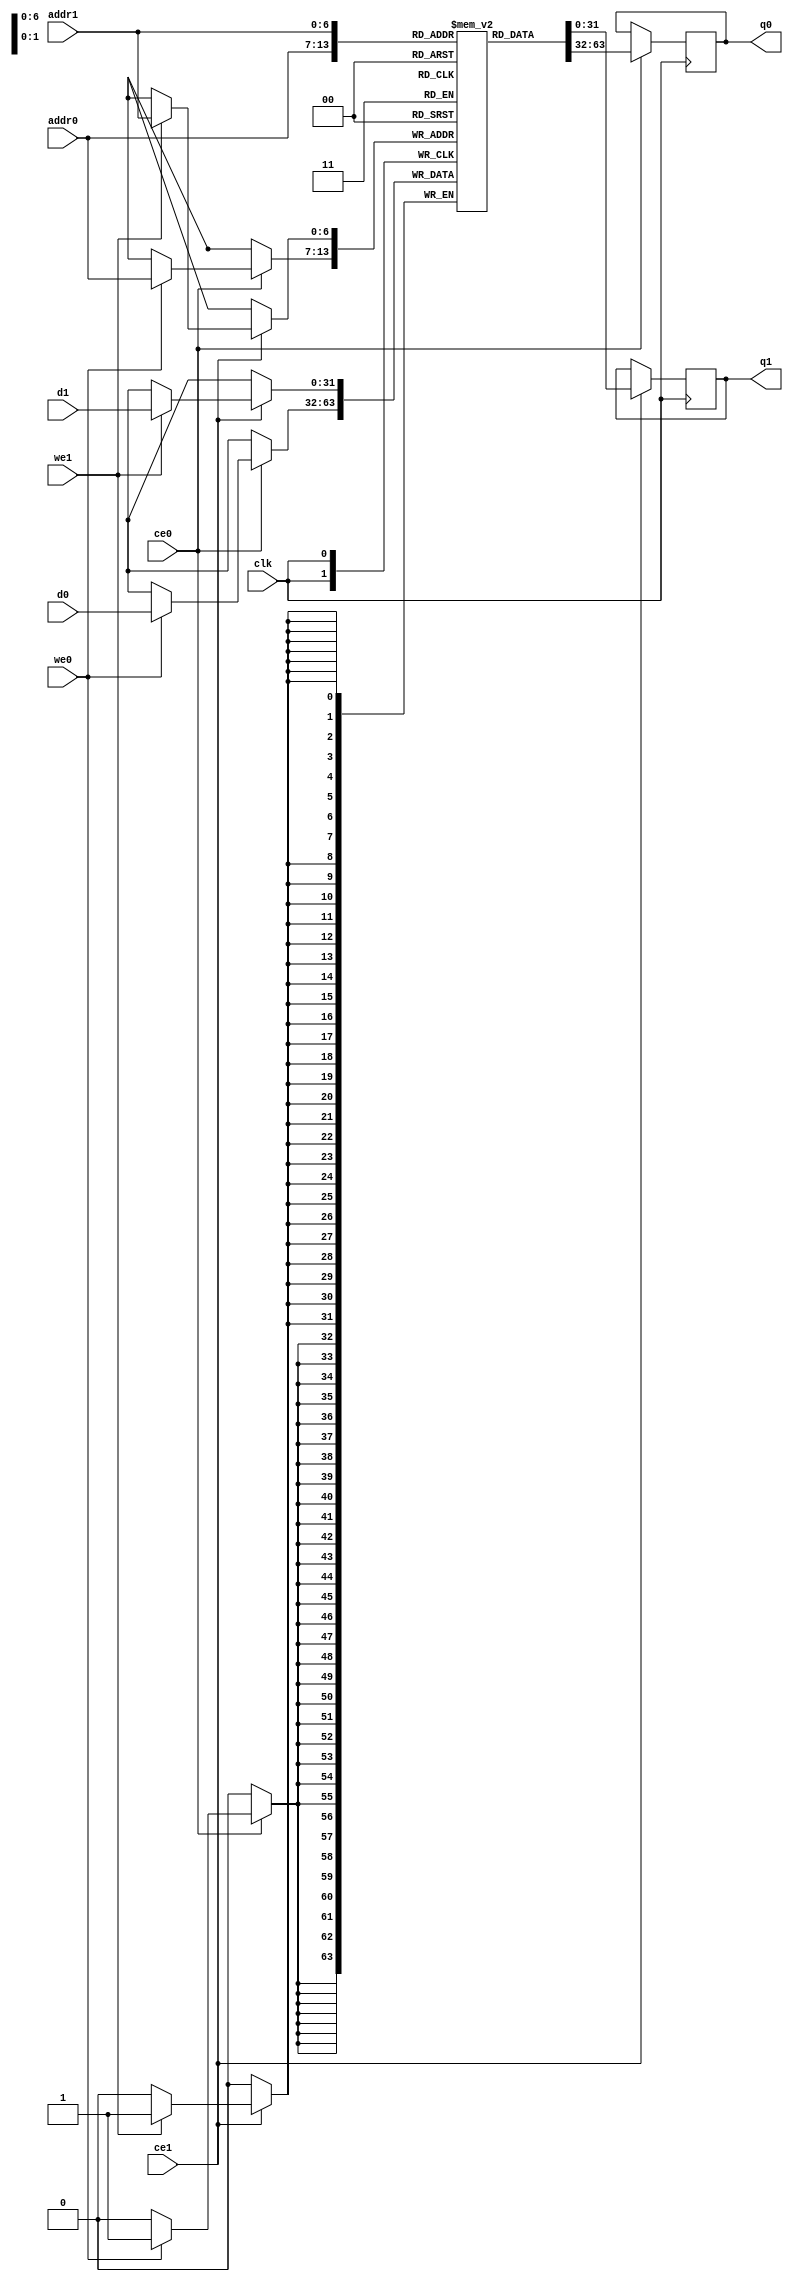
// ==============================================================
// Vivado(TM) HLS - High-Level Synthesis from C, C++ and SystemC v2019.2 (64-bit)
// Copyright 1986-2019 Xilinx, Inc. All Rights Reserved.
// ==============================================================
`timescale 1 ns / 1 ps
module pw_layer1_tmp_y_V_ram (addr0, ce0, d0, we0, q0, addr1, ce1, d1, we1, q1,  clk);

parameter DWIDTH = 32;
parameter AWIDTH = 7;
parameter MEM_SIZE = 96;

input[AWIDTH-1:0] addr0;
input ce0;
input[DWIDTH-1:0] d0;
input we0;
output reg[DWIDTH-1:0] q0;
input[AWIDTH-1:0] addr1;
input ce1;
input[DWIDTH-1:0] d1;
input we1;
output reg[DWIDTH-1:0] q1;
input clk;

(* ram_style = "block" *)reg [DWIDTH-1:0] ram[0:MEM_SIZE-1];




always @(posedge clk)  
begin 
    if (ce0) begin
        if (we0) 
            ram[addr0] <= d0; 
        q0 <= ram[addr0];
    end
end


always @(posedge clk)  
begin 
    if (ce1) begin
        if (we1) 
            ram[addr1] <= d1; 
        q1 <= ram[addr1];
    end
end


endmodule

`timescale 1 ns / 1 ps
module pw_layer1_tmp_y_V(
    reset,
    clk,
    address0,
    ce0,
    we0,
    d0,
    q0,
    address1,
    ce1,
    we1,
    d1,
    q1);

parameter DataWidth = 32'd32;
parameter AddressRange = 32'd96;
parameter AddressWidth = 32'd7;
input reset;
input clk;
input[AddressWidth - 1:0] address0;
input ce0;
input we0;
input[DataWidth - 1:0] d0;
output[DataWidth - 1:0] q0;
input[AddressWidth - 1:0] address1;
input ce1;
input we1;
input[DataWidth - 1:0] d1;
output[DataWidth - 1:0] q1;



pw_layer1_tmp_y_V_ram pw_layer1_tmp_y_V_ram_U(
    .clk( clk ),
    .addr0( address0 ),
    .ce0( ce0 ),
    .we0( we0 ),
    .d0( d0 ),
    .q0( q0 ),
    .addr1( address1 ),
    .ce1( ce1 ),
    .we1( we1 ),
    .d1( d1 ),
    .q1( q1 ));

endmodule